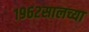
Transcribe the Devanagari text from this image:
१९६२सालच्या